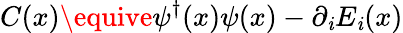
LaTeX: C(x)\equive\psi^{\dagger}(x)\psi(x)-\partial_{\mathit{i}}E_{\mathit{i}}(x)